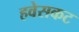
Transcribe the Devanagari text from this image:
हवेसकट